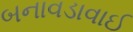
બનાવડાવાઈ